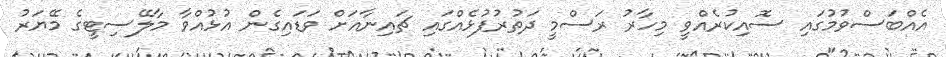
އެއްބަސްވުމުގައި ސޮއިކުރެއްވީ މިހާރު ރަސްމީ ދަތުރުފުޅެއްގައި ޗައިނާއަށް ވަޑައިގެން އުޅުއްވާ މާލޭސިޓީގެ މޭޔަރު